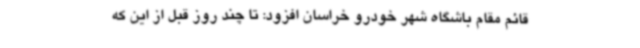
قائم مقام باشگاه شهر خودرو خراسان افزود: تا چند روز قبل از این که